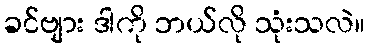
ခင်ဗျား ဒါကို ဘယ်လို သုံးသလဲ။